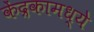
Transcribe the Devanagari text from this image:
केंद्रकामध्ये